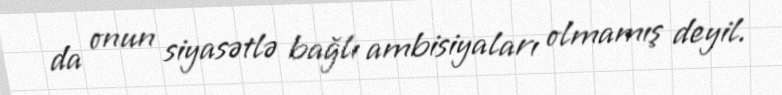
da onun siyasətlə bağlı ambisiyaları olmamış deyil.